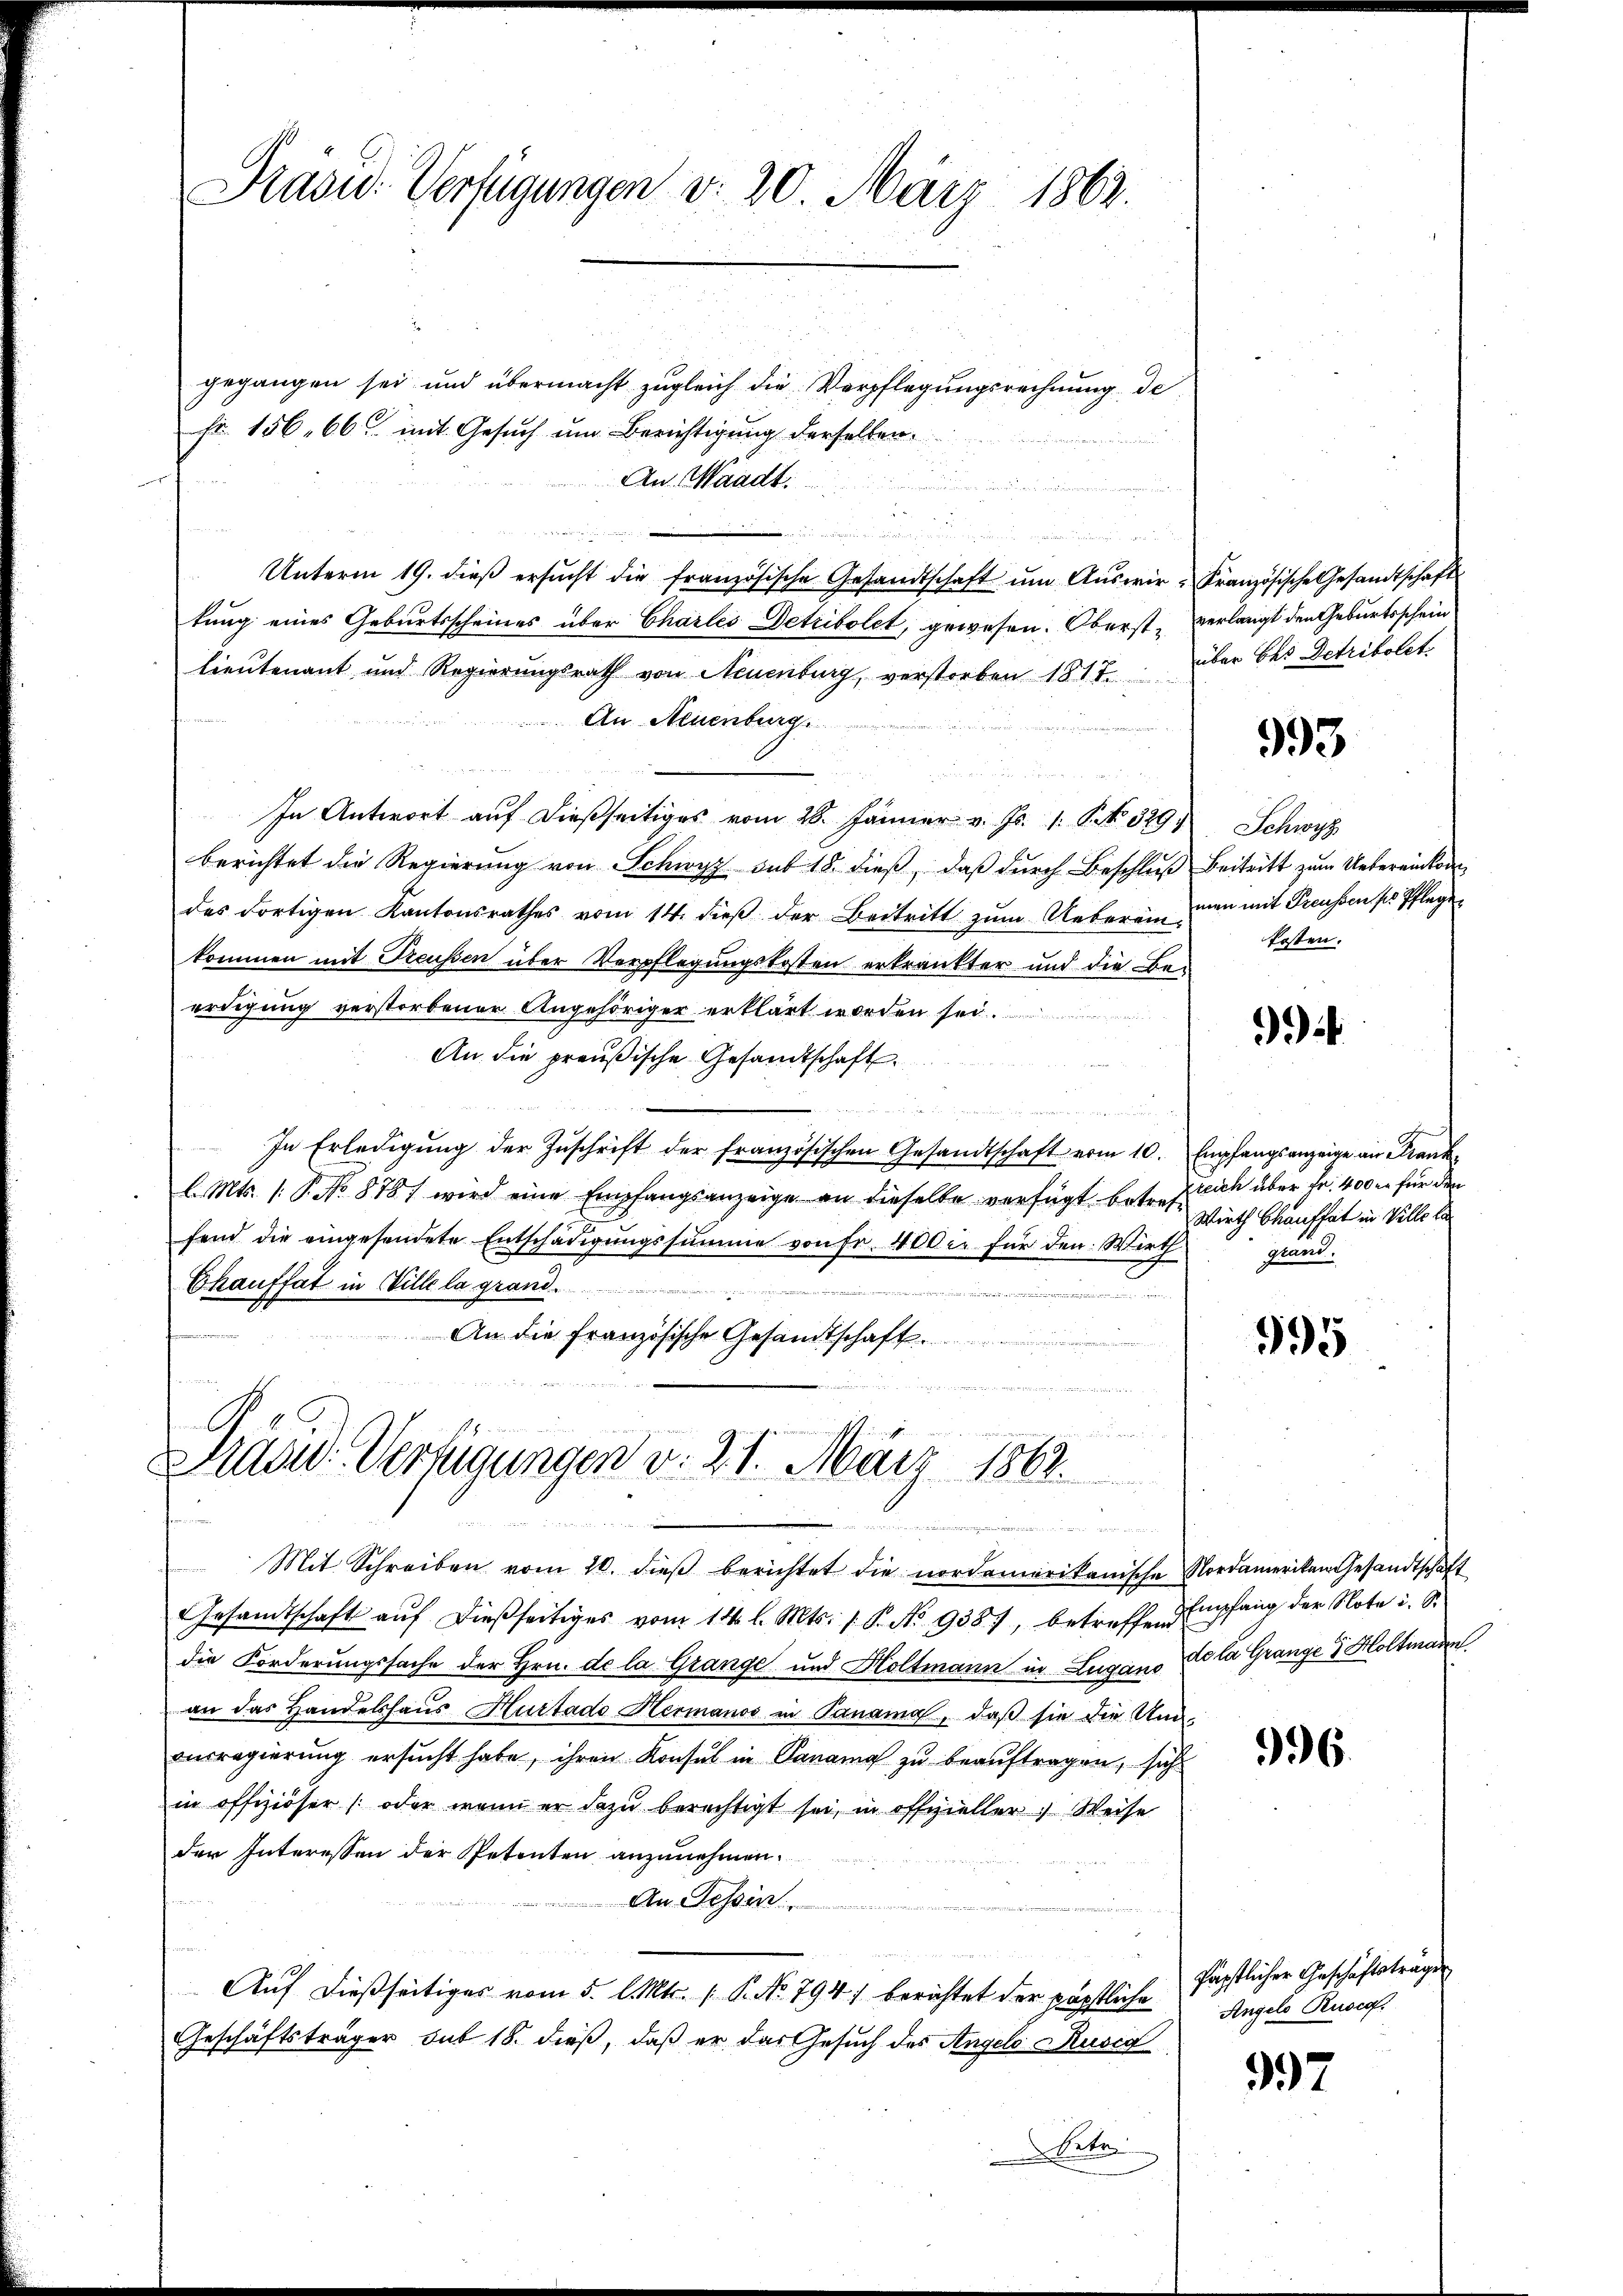
Präsid. Verfügungen d. 20. März 1862.

gegangen sei und übermacht zugleich die Verpflegungsrechnung de
Fr. 156, 66 mit Gesuch um Berichtigung derselben.
An Waadt.
u
n
Unterm 19. dieβ ersŭcht die französische Gesandtschaft ŭm Aŭswir-Französische Gesandtschaft
tung eines Geburtsscheines über Charles Detribolet, gewesen. Oberst, verlangt den Geburtsschein
lieutenant und Regierungsrath von Neuenburg, verstorben 1817. über bes Detribolet
An Neuenburg
e

In Antwort auf dießseitiges vom 28. Jänner v. Js. 1. P. No. 329.
berichtet die Regierung von Schwyz sub 18. dieß, daß durch Beschluß Beitritt zum Uebereinkor
des dortigen Kantonsrathes vom 14. dieβ der Beitritt zŭm Ueberein man mit Freussen pr Pflege
kommen mit Freussen über Verpflegungskosten erkränkter und die Beerdigung verstorbener Angehöriger erklärt worden sei.
An die preußische Gesandtschaft
n
In Erledigŭng der Zŭschrift der französischen Gesandtschaft vom 10. Empfangsanzeige an Frankl. Mts. 1. P. No 878/ wird eine Empfangsanzeige an dieselbe verfügt betrefflich über Fr. 400 er für den
fend die eingesendete Entschädigungssumme von Fr. 400 er für den Wirth
Chauffat in Ville la grand
F
.
An die französische Gesandtschaft

Präsid. Verfügungen v. 21. März 1862.
s

n Finanderen den und

Mit Schreiben vom 20. dieβ berichtet die nordamerikanische Nordamerikan Gesandtschaft
Gesamtschaft aŭf dießseitiges vom 14. l. Mts. s. S. No 9387, betreffen Empfang der Note i. S.
die Forderungssache der Hrn. de la Grange und Holtmann in Lugano Lola Grange & Holtmann.
an das Handelshaus Hurtado Hermanos in Panama, daß sie die Um-
ausregierung ersucht habe, ihren Konsul in Sanang zu beauftragen, sich
in offiziöser (oder wenn er dazu berechtigt sei, in offizieller Weise
der Interessen der Petenten anzunehmen.
An Tessin
Auf dießseitiges vom 5. l. Mts. ( P. No. 794) berichtet der päpstliche
Geschäftsträger sub 18. dieß, daß er das Gesuch des Angelo Pusić
Sete

993

Schwyz
kosten.

994.

Wirth Chauftat in Ville be
giani.

995

996.

päpstlicher Geschäftstragen
Angelo Rusch.

997